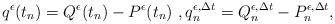
LaTeX: \begin{align*}q^\epsilon(t_n)=Q^\epsilon(t_n)-P^\epsilon(t_n)~,q_n^{\epsilon,\Delta t}=Q_n^{\epsilon,\Delta t}-P_n^{\epsilon,\Delta t},\end{align*}